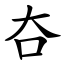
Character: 夻